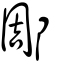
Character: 郮